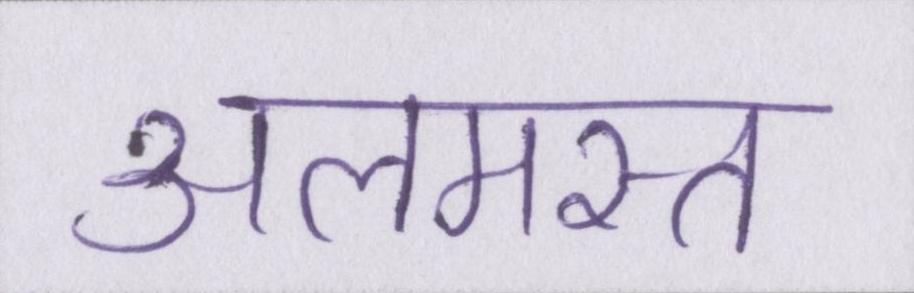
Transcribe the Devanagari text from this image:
अलमस्त